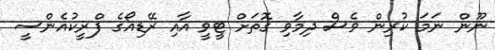
ނޫން ނަމަ ކުރިން ވެސް ދިމާވި ގޮތަށް ޓީވީ އާއި ރޭޑިއޯގެ ފްރީކުއެންސީ